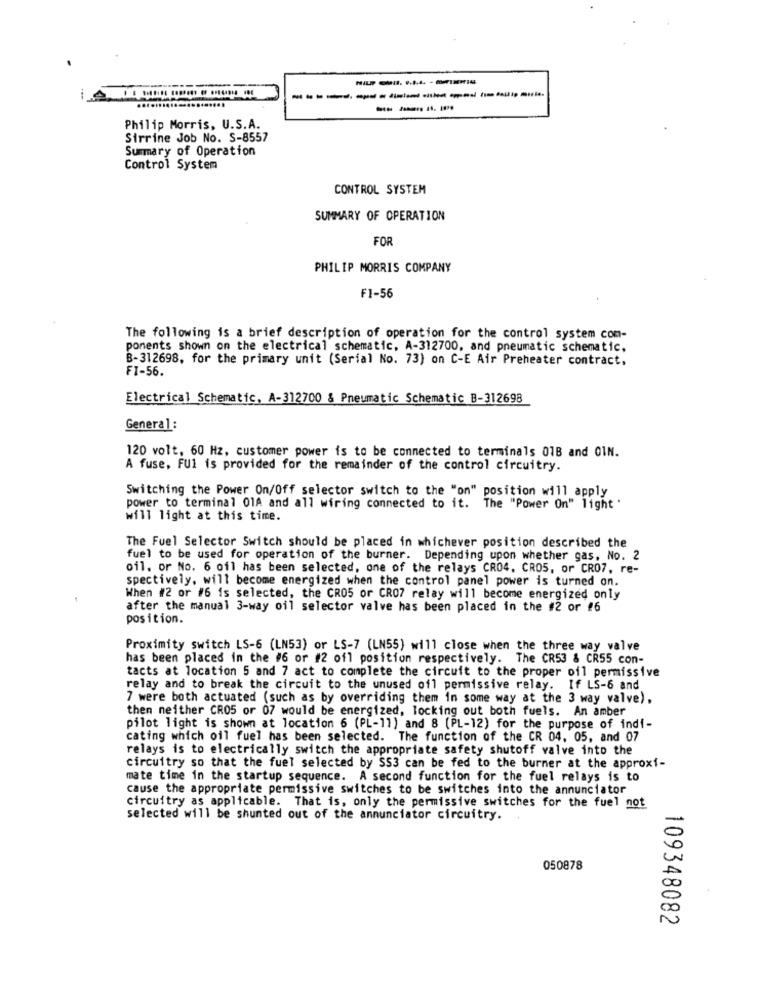
----
Philip Morris, U.S.A.
Sirrine Job No. S-8557
Summary of Operation
Control System
CONTROL SYSTEM
SUMMARY OF OPERATION
FOR
PHILIP MORRIS COMPANY
F1-56
The following is a brief description of operation for the control system com-
ponents shown on the electrical schematic, A-312700, and pneumatic schematic.
B-312698, for the primary unit (Serial No. 73) on C-E Air Preheater contract,
FI-56.
Electrical Schematic, A-312700 & Pneumatic Schematic B-312698
General:
120 volt, 60 Hz, customer power is to be connected to terminals 018 and OIN.
A fuse, FU1 is provided for the remainder of the control circuitry.
Switching the Power On/Off selector switch to the "on" position will apply
power to terminal 01A and all wiring connected to it. The "Power On" light '
will light at this time.
The Fuel Selector Switch should be placed in whichever position described the
fuel to be used for operation of the burner. Depending upon whether gas, No. 2
oil. or No. 6 oil has been selected, one of the relays CR04. CRO5, or CR07, re-
spectively, will become energized when the control panel power is turned on.
When #2 or #6 is selected, the CR05 or CR07 relay will become energized only
after the manual 3-way oil selector valve has been placed in the #2 or #6
position.
Proximity switch LS-6 (LN53) or LS-7 (LN55) will close when the three way valve
has been placed in the #6 or #2 ofl position respectively. The CR53 & CR55 con-
tacts at location 5 and 7 act to complete the circuit to the proper oil permissive
relay and to break the circuit to the unused ofl permissive relay. If LS-6 and
7 were both actuated (such as by overriding them in some way at the 3 way valve),
then neither CR05 or 07 would be energized, locking out both fuels. An amber
pilot light is shown at location 6 (PL-11) and 8 (PL-12) for the purpose of indi-
cating which oil fuel has been selected. The function of the CR 04, 05, and 07
relays is to electrically switch the appropriate safety shutoff valve into the
circuitry so that the fuel selected by SS3 can be fed to the burner at the approxi-
mate time in the startup sequence. A second function for the fuel relays is to
cause the appropriate permissive switches to be switches into the annunciator
circuitry as applicable. That is, only the permissive switches for the fuel not
selected will be shunted out of the annunciator circuitry.
050878
109348082